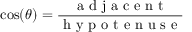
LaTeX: \cos ( \theta ) = { \frac { \textrm { a d j a c e n t } } { \textrm { h y p o t e n u s e } } }